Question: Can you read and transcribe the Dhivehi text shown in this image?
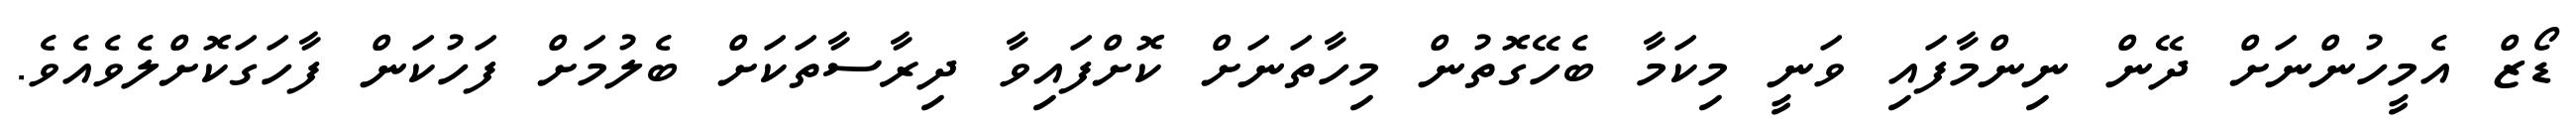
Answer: ޑޯޒް އެމީހުންނަށް ދޭން ނިންމާފައި ވަނީ މިކަމާ ބެހޭގޮތުން މިހާތަނަށް ކޮށްފައިވާ ދިރާސާތަކަށް ބެލުމަށް ފަހުކަން ފާހަގަކޮށްލެވެއެވެ.